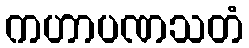
ကဟာပဏသတံ